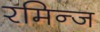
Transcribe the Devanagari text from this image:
रमिन्ज